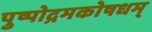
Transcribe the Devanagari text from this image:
पुष्पोद्गमकोषधम्